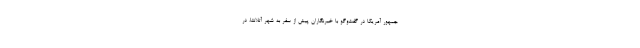
جمهور آمریکا در گفت‌وگو با خبرنگاران پیش از سفر به شهر آتلانتا، در